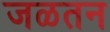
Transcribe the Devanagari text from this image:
जळतन